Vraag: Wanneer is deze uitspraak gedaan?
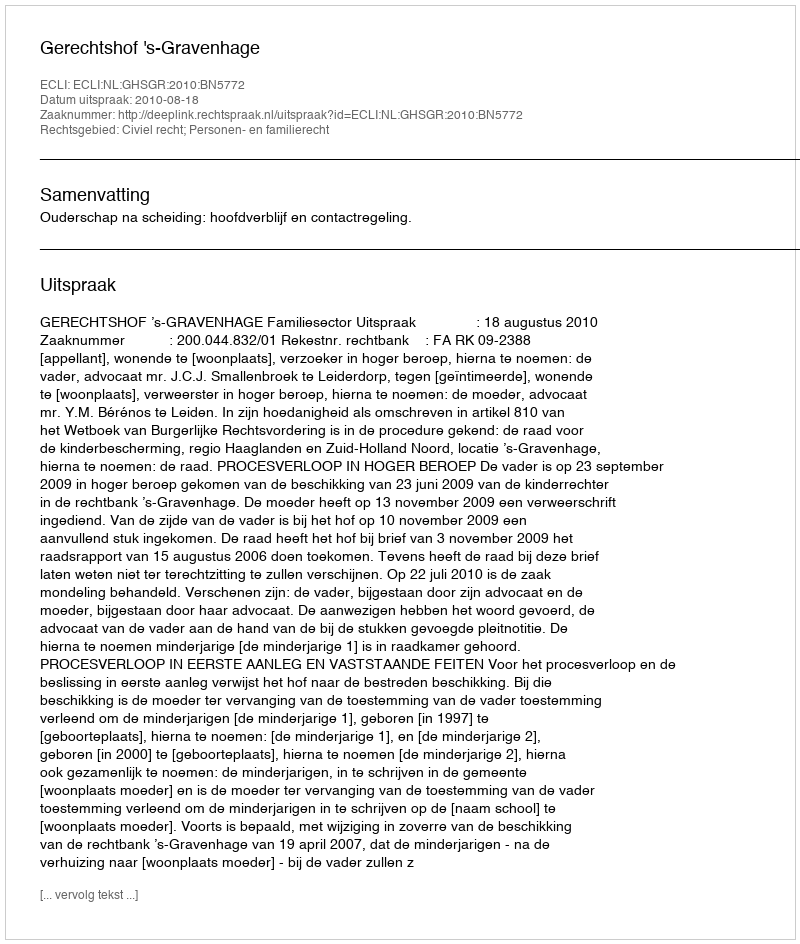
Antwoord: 2010-08-18